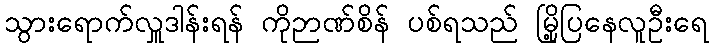
သွားရောက်လှူဒါန်းရန် ကိုဉာဏ်စိန် ပစ်ရသည် မြို့ပြနေလူဦးရေ